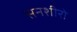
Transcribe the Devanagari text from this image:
सनशीरो